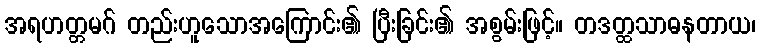
အရဟတ္တမဂ် တည်းဟူသောအကြောင်း၏ ပြီးခြင်း၏ အစွမ်းဖြင့်။ တဒတ္ထသာဓနတာယ၊